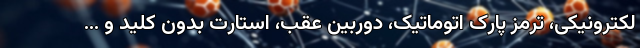
لکترونیکی، ترمز پارک اتوماتیک، دوربین عقب، استارت بدون کلید و ...